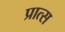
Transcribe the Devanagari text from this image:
प्रात्स